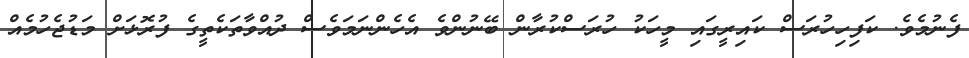
ފެނުމެވެ. ކަފިހިހުރަސް ކައިރީގައި މީހަކު ހުރަސްކުރާން ބޭނުންވެ އެހެންނަމަވެސް ދުއްވާތަކެތީގެ ފުރޮޅަށް މަޑުޖެހުމެއް